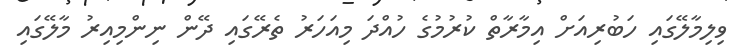
ވިލިމާލޭގައި ހަބުރިއަށް އިމާރާތް ކުރުމުގެ ހުއްދަ މިއަހަރު ތެރޭގައި ދޭން ނިންމިއިރު މާލޭގައި